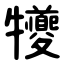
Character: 犪